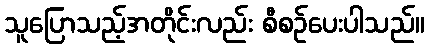
သူပြောသည့်အတိုင်းလည်း စီစဉ်ပေးပါသည်။